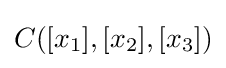
C([x_{1}],[x_{2}],[x_{3}])